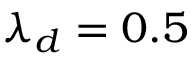
\lambda _ { d } = 0 . 5